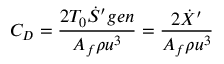
C _ { D } = { \frac { 2 T _ { 0 } { \dot { S } } ^ { \prime } g e n } { A _ { f } \rho u ^ { 3 } } } = { \frac { 2 { \dot { X } } ^ { \prime } } { A _ { f } \rho u ^ { 3 } } }